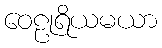
ဝေဠုရိယမယာ